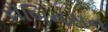
રૉબિનસન